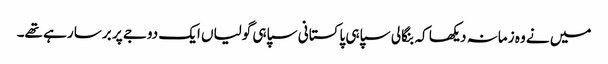
میں نے وہ زمانہ دیکھا کہ بنگالی سپاہی پاکستانی سپاہی گولیاں ایک دوجے پر برسا رہے تھے۔